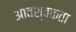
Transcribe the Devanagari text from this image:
आवश्वकता